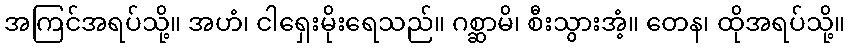
အကြင်အရပ်သို့။ အဟံ၊ ငါရှေးမိုးရေသည်။ ဂစ္ဆာမိ၊ စီးသွားအံ့။ တေန၊ ထိုအရပ်သို့။